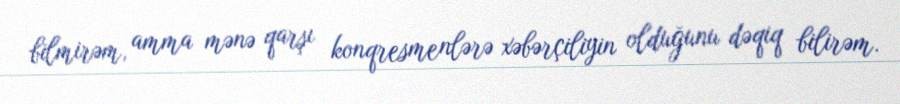
bilmirəm, amma mənə qarşı konqresmenlərə xəbərçiliyin olduğunu dəqiq bilirəm.